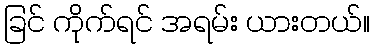
ခြင် ကိုက်ရင် အရမ်း ယားတယ်။